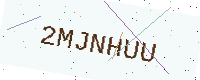
Text: 2MJNHUU